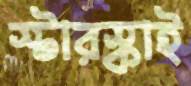
স্টারস্কাই